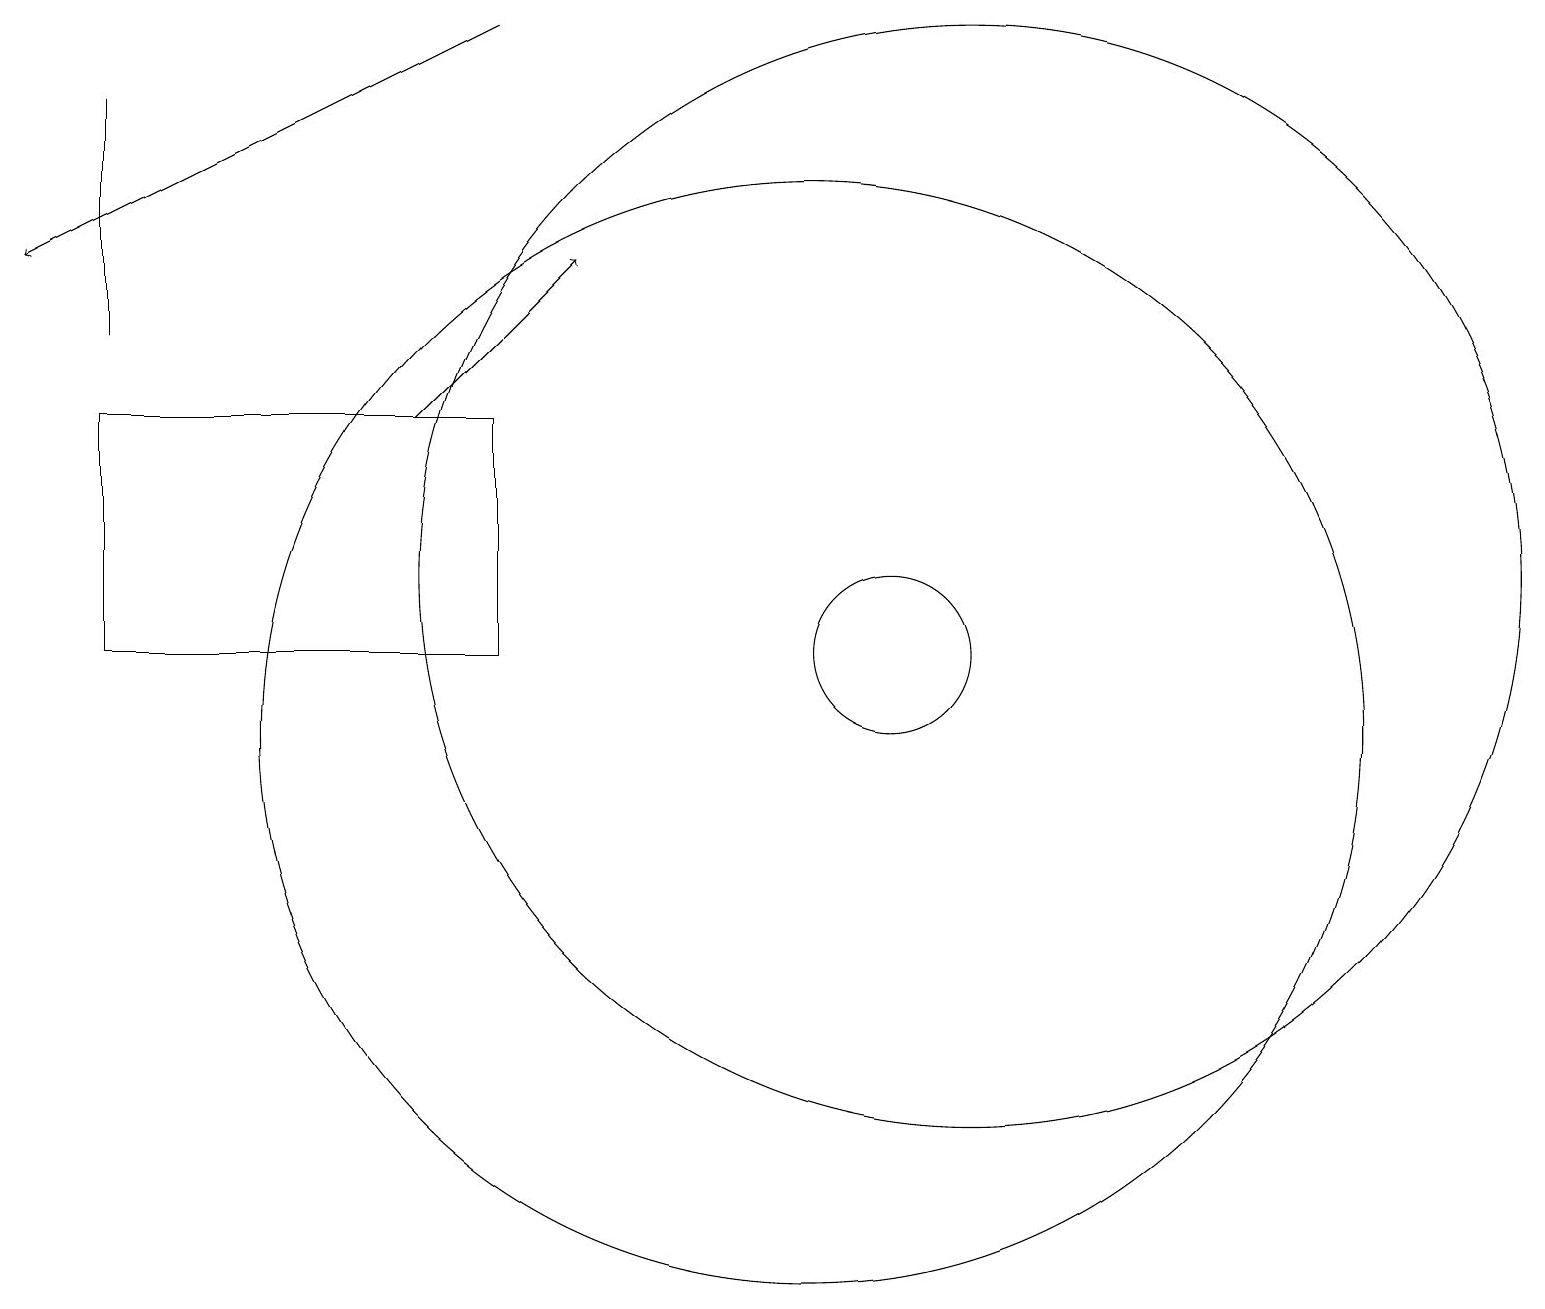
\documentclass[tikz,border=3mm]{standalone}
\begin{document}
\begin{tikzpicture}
\draw[->] (6,19) -- (0,16);
\draw[->] (5,14) -- (7,16);
\draw (1,15) rectangle (1,18);
\draw (1,14) rectangle (6,11);
\draw (12,12) circle (7);
\draw (10,10) circle (7);
\draw (11,11) circle (1);
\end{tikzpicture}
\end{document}